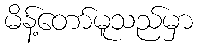
မိန့်တော်မူသည်မှာ